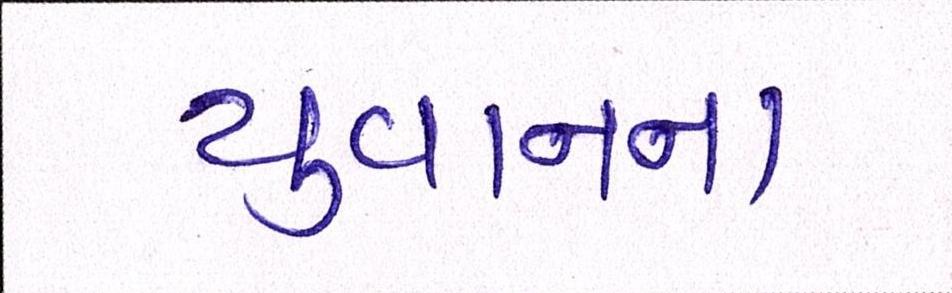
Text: યુવાનના